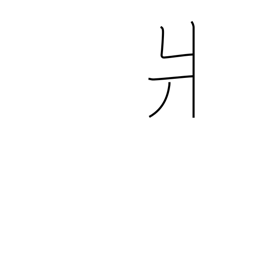
Meaning: left-side kata radical (no. 90)